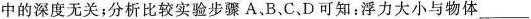
中的深度无关；分析比较实验步骤A、B，C、D可知：浮力大小与物体___